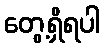
တွေ့ရှိရပါ